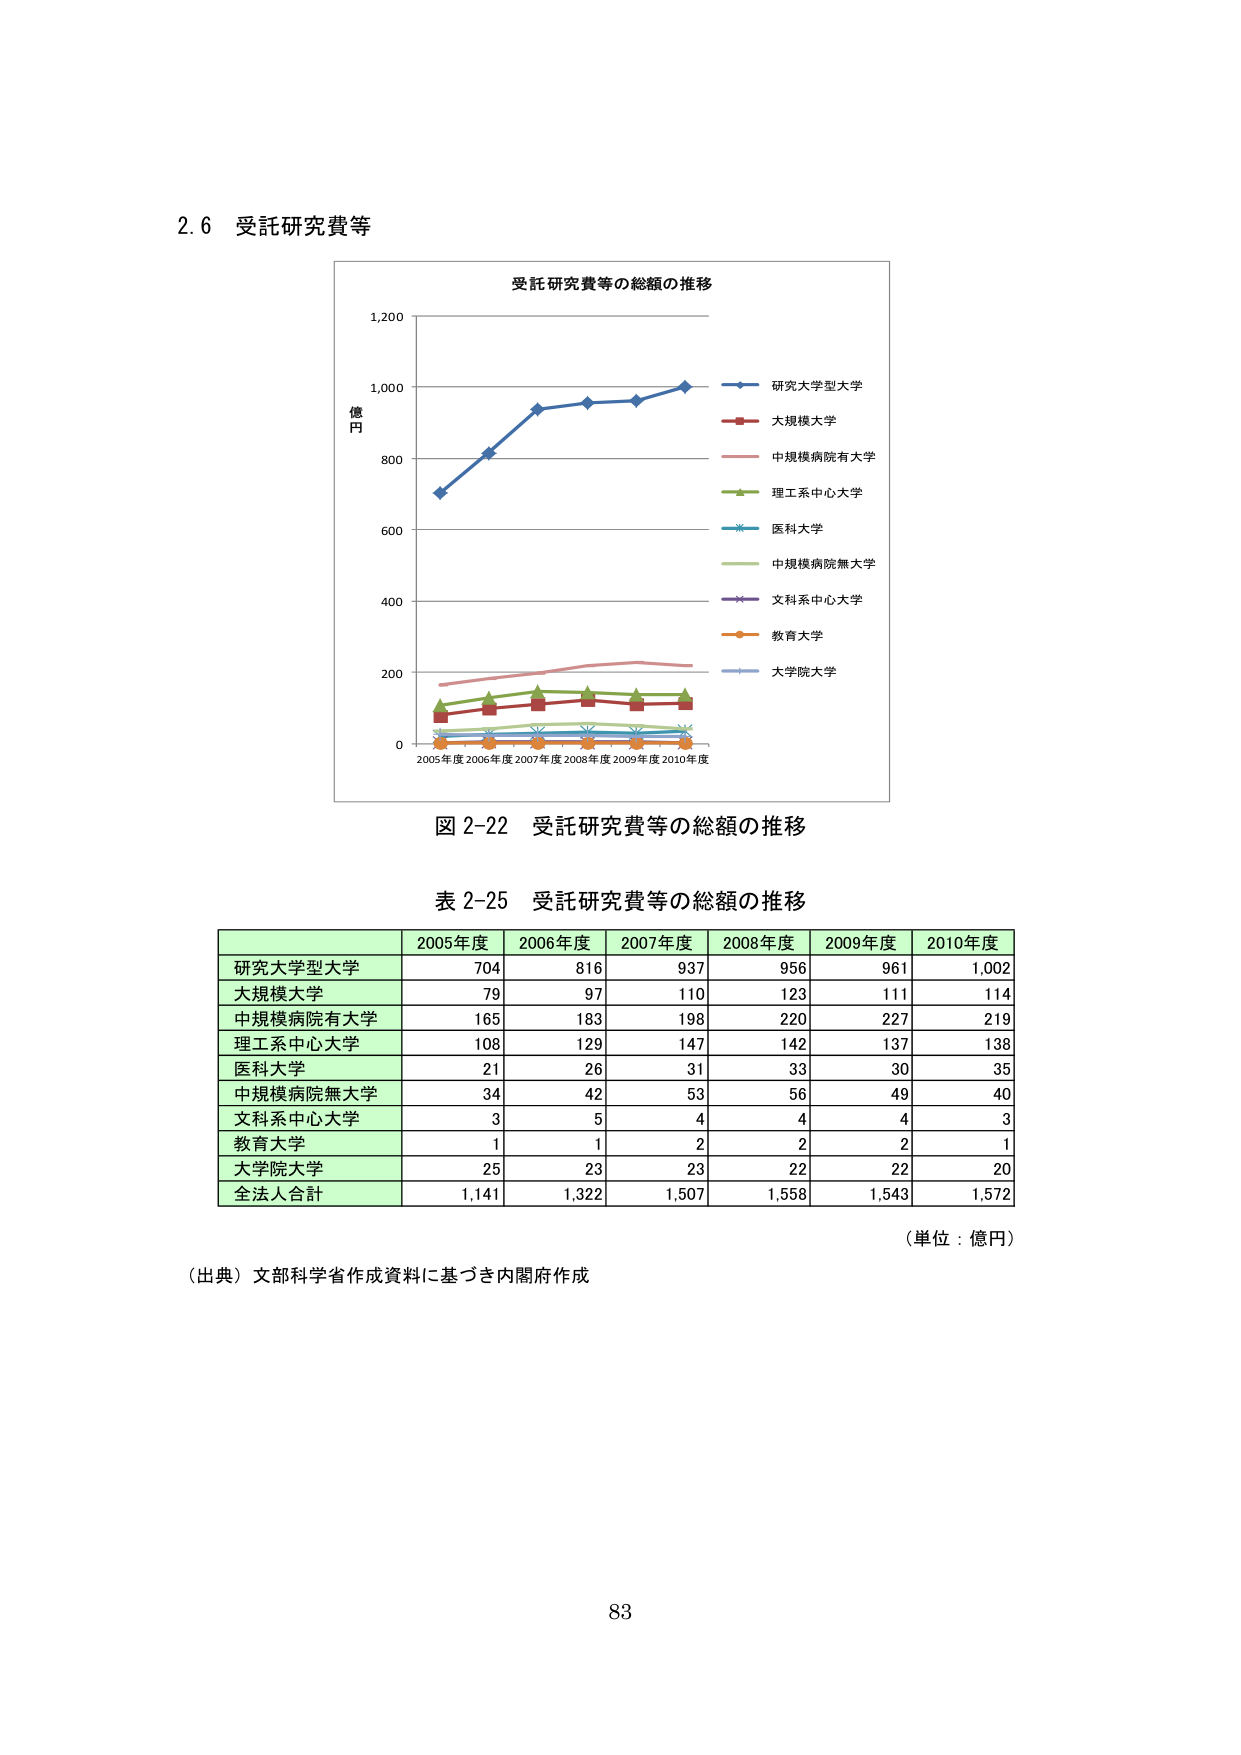
2.6 受託研究費等

受託研究費等の総額の推移

億円
1,200
1,000
800
600
400
200
0
2005年度 2006年度 2007年度 2008年度 2009年度 2010年度

研究大学型大学
大規模大学
中規模病院有大学
理工系中心大学
医科大学
中規模病院無大学
文科系中心大学
教育大学
大学院大学

図 2-22 受託研究費等の総額の推移

表 2-25 受託研究費等の総額の推移

2005年度 2006年度 2007年度 2008年度 2009年度 2010年度
研究大学型大学 704 816 937 956 961 1,002
大規模大学 79 97 110 123 111 114
中規模病院有大学 165 183 198 220 227 219
理工系中心大学 108 129 147 142 137 138
医科大学 21 26 31 33 30 35
中規模病院無大学 34 42 53 56 49 40
文科系中心大学 3 5 4 4 4 3
教育大学 1 1 2 2 2 1
大学院大学 25 23 23 22 22 20
全法人合計 1,141 1,322 1,507 1,558 1,543 1,572

（単位：億円）

（出典）文部科学省作成資料に基づき内閣府作成

83